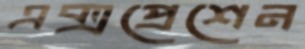
এক্সপ্রেশেন